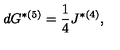
d G ^ { * ( 5 ) } = { \frac { 1 } { 4 } } J ^ { * ( 4 ) } ,